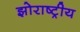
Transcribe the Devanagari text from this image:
झोराष्ट्रीय